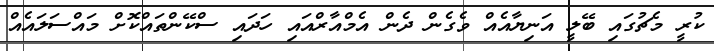
ކުރީ މެޗުގައި ބޭލީ އަނިޔާއެއް ވެގެން ދެން އެމްއާރްއައި ހަދައި ސްކޭންތައްކޮށް މައްސަލައެއް